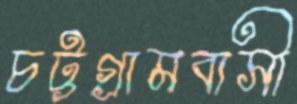
চট্টগ্রামবাসী